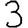
Digit: 3